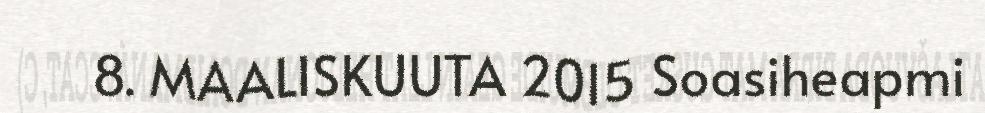
8. MAALISKUUTA 2015 Soasiheapmi